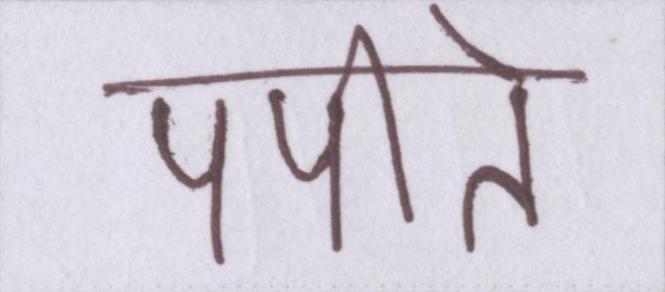
पपीते